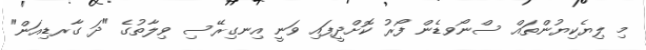
މި ލިޔެކިޔުންތައް ސްނޯވޑެން ފޯރު ކޮށްދީފައި ވަނީ އިނގިރޭސި ވިލާތުގެ "ދަ ގާރޑިއަން"